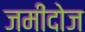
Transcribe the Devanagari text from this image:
जमींदोज